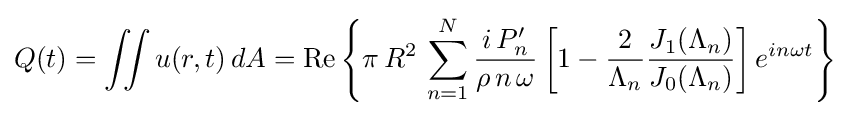
Q(t)=\iint u(r,t)\,dA=\mathrm {Re} \left\{\pi \,R^{2}\,\sum _{n=1}^{N}{\frac {i\,P'_{n}}{\rho \,n\,\omega }}\left[1-{\frac {2}{\Lambda _{n}}}{\frac {J_{1}(\Lambda _{n})}{J_{0}(\Lambda _{n})}}\right]e^{in\omega t}\right\}